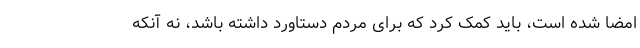
امضا شده است، باید کمک کرد که برای مردم دستاورد داشته باشد، نه آنکه